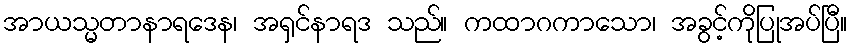
အာယသ္မတာနာရဒေန၊ အရှင်နာရဒ သည်။ ကထာဂကာသော၊ အခွင့်ကိုပြုအပ်ပြီ။